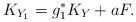
LaTeX: \begin{align*}K_{Y_1}=g_1^{\ast}K_Y+aF.\end{align*}